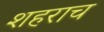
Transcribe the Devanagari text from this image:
शहराच